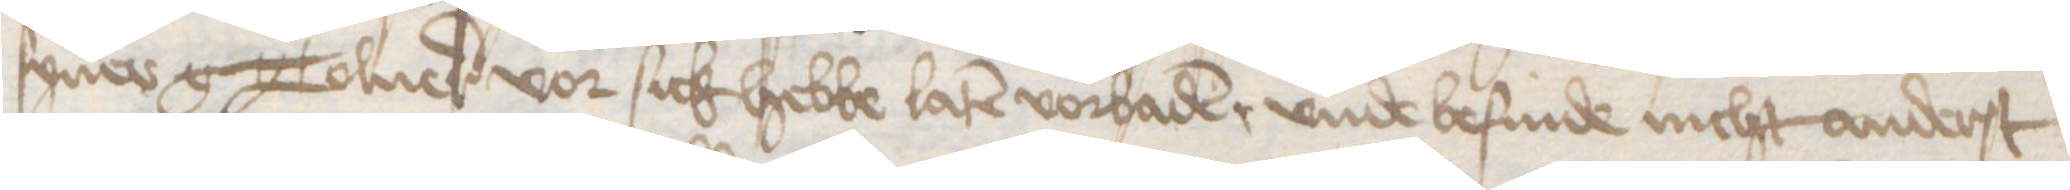
syner g Tolner vor sick hebbe laten vorbaden, vnde befinde nicht anderst